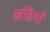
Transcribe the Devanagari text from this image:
खंडियाँ